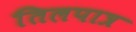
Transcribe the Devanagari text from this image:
तिलपात्र